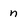
Character: n